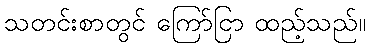
သတင်းစာတွင် ကြော်ငြာ ထည့်သည်။